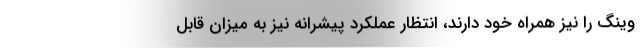
وینگ را نیز همراه خود دارند، انتظار عملکرد پیشرانه نیز به میزان قابل